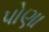
પોણા